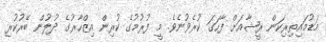
މަޑުމައިތިރިކަން ރީޝާއަށް ފާހަގަ ކުރެވުނެވެ. މީ ފުރުމުގެ ކުރިން އިޒްހާރުގެ ދުލުން ބޭރުކުރި